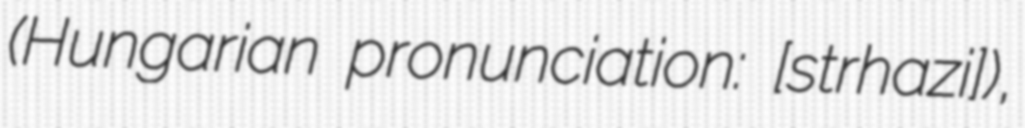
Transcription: (Hungarian pronunciation: [ˈɛstɛrhaːzi]),